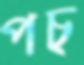
পচ্‌